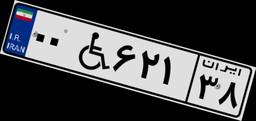
۰۰W۶۲۱۳۸